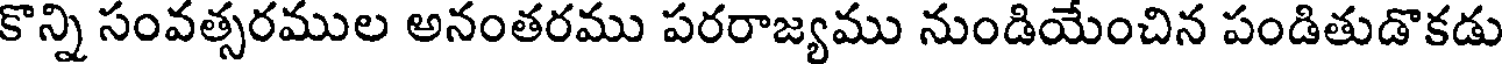
కొన్ని సంవత్సరముల అనంతరము పరరాజ్యము నుండియేంచిన పండితుడొకడు